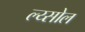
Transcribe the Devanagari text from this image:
ल्य्सोल